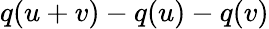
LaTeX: q(u+v)-q(u)-q(v)